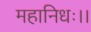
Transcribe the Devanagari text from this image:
महानिधः।।